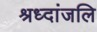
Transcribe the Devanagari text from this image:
श्रध्दांजलि